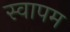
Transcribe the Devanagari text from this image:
स्वापम